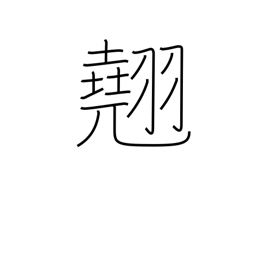
Meaning: excellence